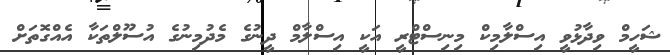
ޝަހީމް ވިދާޅުވީ އިސްލާމިކް މިނިސްޓްރީ އަކީ އިސްލާމް ދީނުގެ މެދުމިނުގެ އުސޫލްތަަަކާ އެއްގޮތަށް